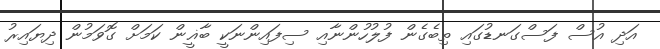
އަދި އުސް ފަސްގަނޑުގައި ތިބެގެން ފުލުހުންނާއި ސިފައިންނަކީ ބާޣީން ކަމަށް ގޮވަމުން ދިޔައިރު